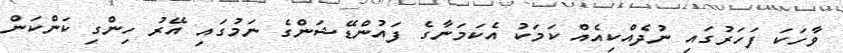
ވާހަކަ ފަހަރުގައި ނުދެއްކިއެއް ކަމަކު އެކަމަނާގެ ފައުންޑޭޝަންގެ ނަމުގައި އޭރު ހިންގި ކަންކަން